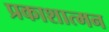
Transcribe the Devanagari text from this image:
प्रकाशात्मन